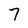
Character: 7